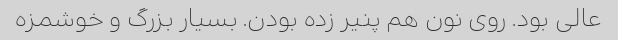
عالی بود. روی نون هم پنیر زده بودن. بسیار بزرگ و خوشمزه